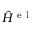
\hat { H } ^ { \mathrm { ~ e ~ l ~ } }